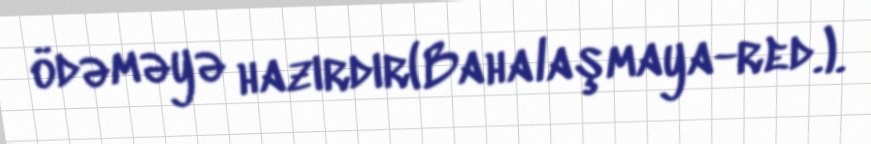
ödəməyə hazırdır(Bahalaşmaya-red.).